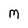
Character: M